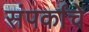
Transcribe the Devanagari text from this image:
संपर्कांचे